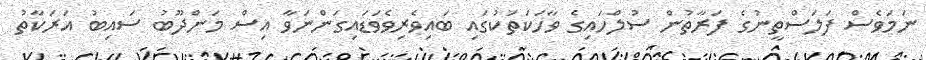
ނަމަވެސް ފަލަސްތީނުގެ ފަރާތުން ސުލްހައިގެ ވާހަކަތަކުގައި ބައިވެރިވެވަޑައިގަންނަވާ އިސް މަންދޫބު ސައިބު އަރަކާތު